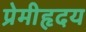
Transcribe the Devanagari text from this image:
प्रेमीहृदय